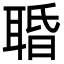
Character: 䎽